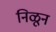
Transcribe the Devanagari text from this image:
निळून